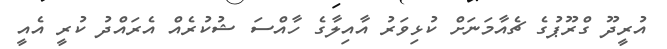
އުރީދޫ ގްރޫޕުގެ ޗެއާމަނަށް ކުޅިވަރު އާއިލާގެ ހާއްސަ ޝުކުރެއް އެރައްދު ކުރީ އެއީ